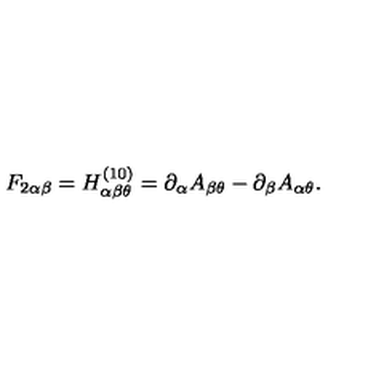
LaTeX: F _ { 2 \alpha \beta } = H _ { \alpha \beta \theta } ^ { ( 1 0 ) } = \partial _ { \alpha } A _ { \beta \theta } - \partial _ { \beta } A _ { \alpha \theta } .